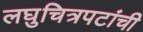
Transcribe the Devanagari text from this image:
लघुचित्रपटांची